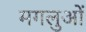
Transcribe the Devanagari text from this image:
मगलुओं